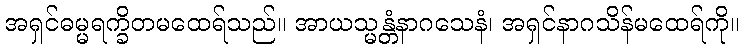
အရှင်ဓမ္မရက္ခိတမထေရ်သည်။ အာယသ္မန္တံနာဂသေနံ၊ အရှင်နာဂသိန်မထေရ်ကို။